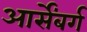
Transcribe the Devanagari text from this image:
आर्सेंबर्ग